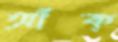
আঁক্